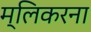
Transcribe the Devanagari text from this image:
म्लिकरना